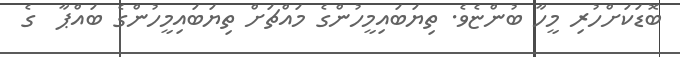
ބޮޑަކަށްހުރި މީހާ ބުންޏެވެ. ތިޔަބައިމީހުންގެ މައްޗަށް ތިޔަބައިމީހުންގެ ބައްޕާ  ގެ